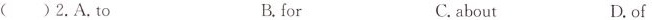
( ) 2. A. To B. for C.about D. of